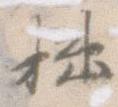
拙